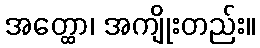
အတ္ထော၊ အကျိုးတည်း။